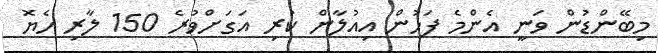
މިބޭންޑުން ވަނީ އެންމެ ފަހުން އިއުލާން ކުރި އަގަށްވުރެ 150 ލާރި ހެޔޮ